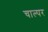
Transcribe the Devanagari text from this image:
चाल्पर